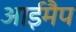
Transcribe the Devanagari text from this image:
आईमैप